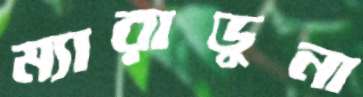
ম্যারাডুনা